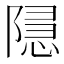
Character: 𮥚